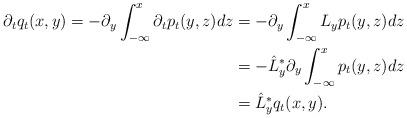
LaTeX: \begin{align*}\partial_t q_t(x,y)=-\partial_y \int_{-\infty}^{x}\partial_tp_t(y,z)dz&=-\partial_y\int_{-\infty}^{x}L_yp_t(y,z)dz\\&=-\hat{L}_y^*\partial_y\int_{-\infty}^{x}p_t(y,z)dz\\&=\hat{L}_y^*q_t(x,y).\end{align*}